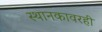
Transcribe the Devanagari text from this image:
स्थानकावरही